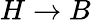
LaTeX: H\rightarrow B